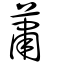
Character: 蕭